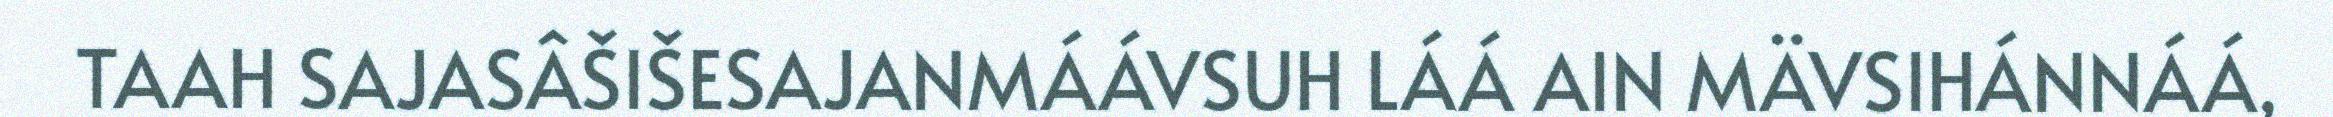
TAAH SAJASÂŠIŠESAJANMÁÁVSUH LÁÁ AIN MÄVSIHÁNNÁÁ,